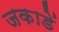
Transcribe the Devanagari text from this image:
जकाडें